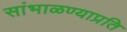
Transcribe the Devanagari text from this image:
सांभाळण्याप्रति